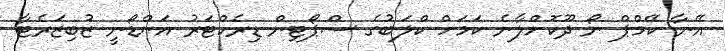
އޭނާ ކޭމްޕް ނޯ ދޫކޮށްލާނެ ކަމަށް ކްލަބުގެ ސްޕޯޓިން ޑިރެކްޓަރު އަންޑޯނީ ޒުބިޒަރެޓާ